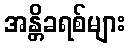
အန္တိခရစ်များ